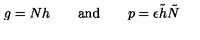
g = N h \qquad \mathrm { a n d } \qquad p = \epsilon \tilde { h } \tilde { N }